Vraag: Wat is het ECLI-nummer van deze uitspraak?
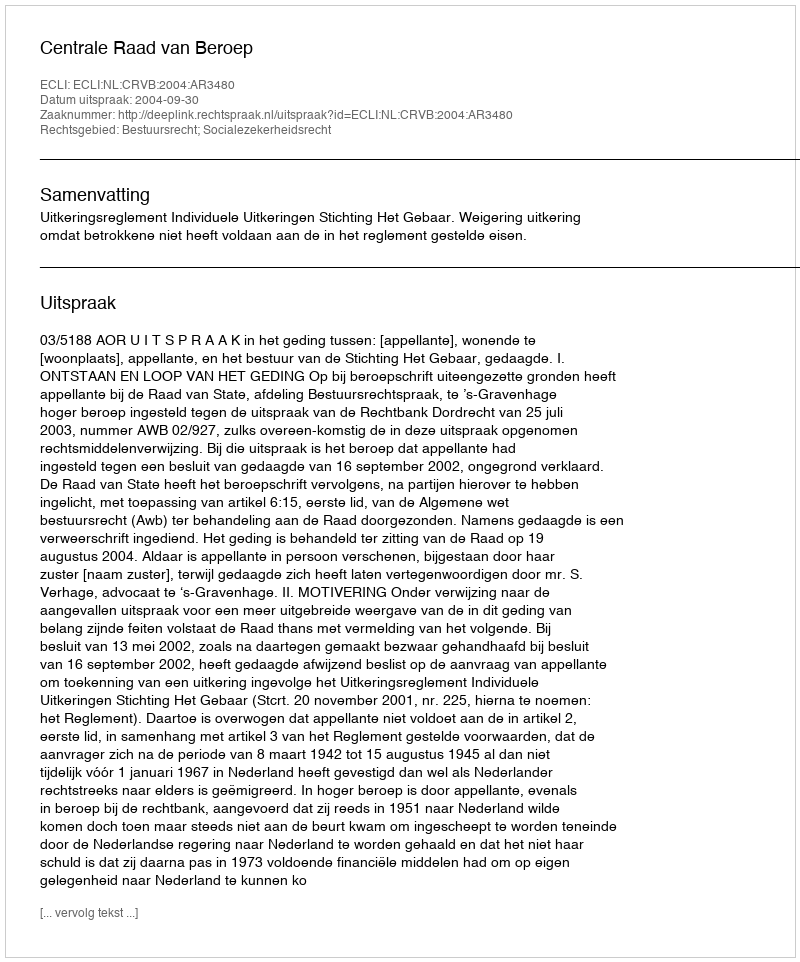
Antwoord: ECLI:NL:CRVB:2004:AR3480